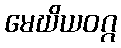
မေဃိယဝဂ္ဂ